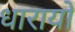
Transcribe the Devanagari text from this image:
धारायो